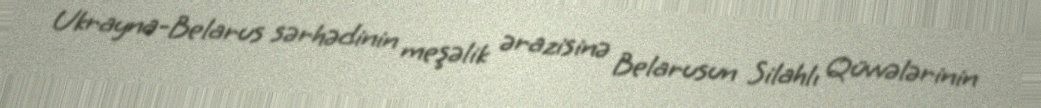
Ukrayna-Belarus sərhədinin meşəlik ərazisinə Belarusun Silahlı Qüvvələrinin